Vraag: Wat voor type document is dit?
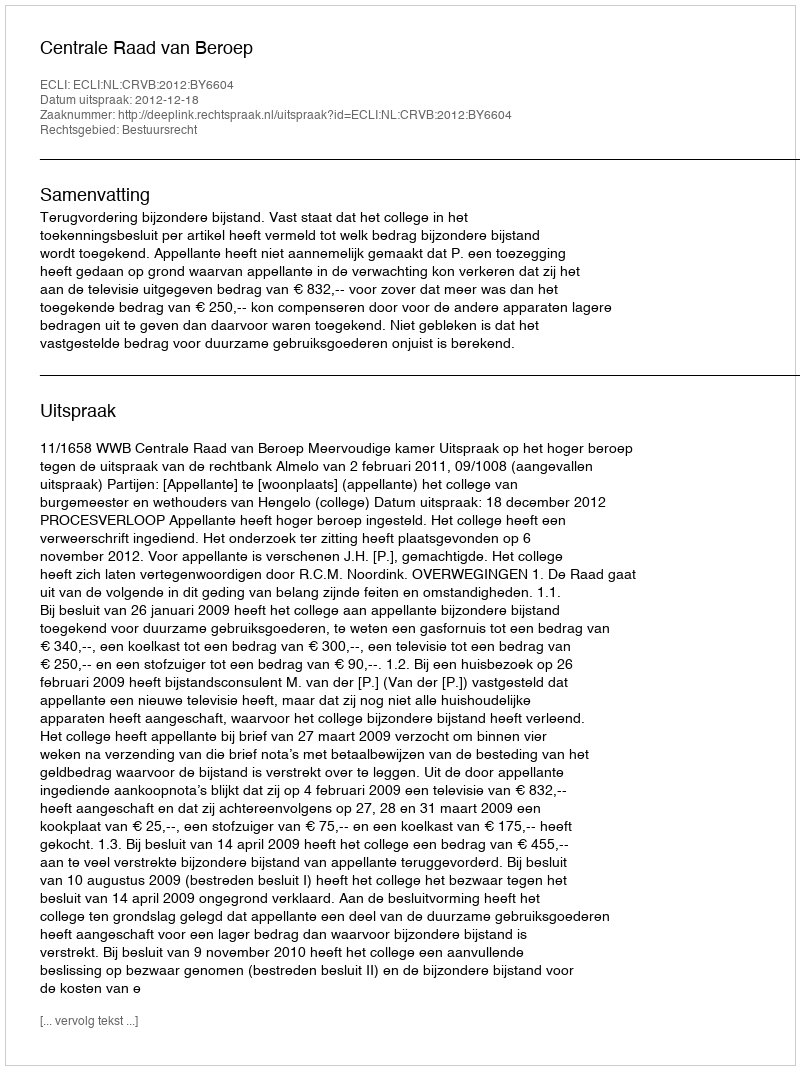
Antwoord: Uitspraak